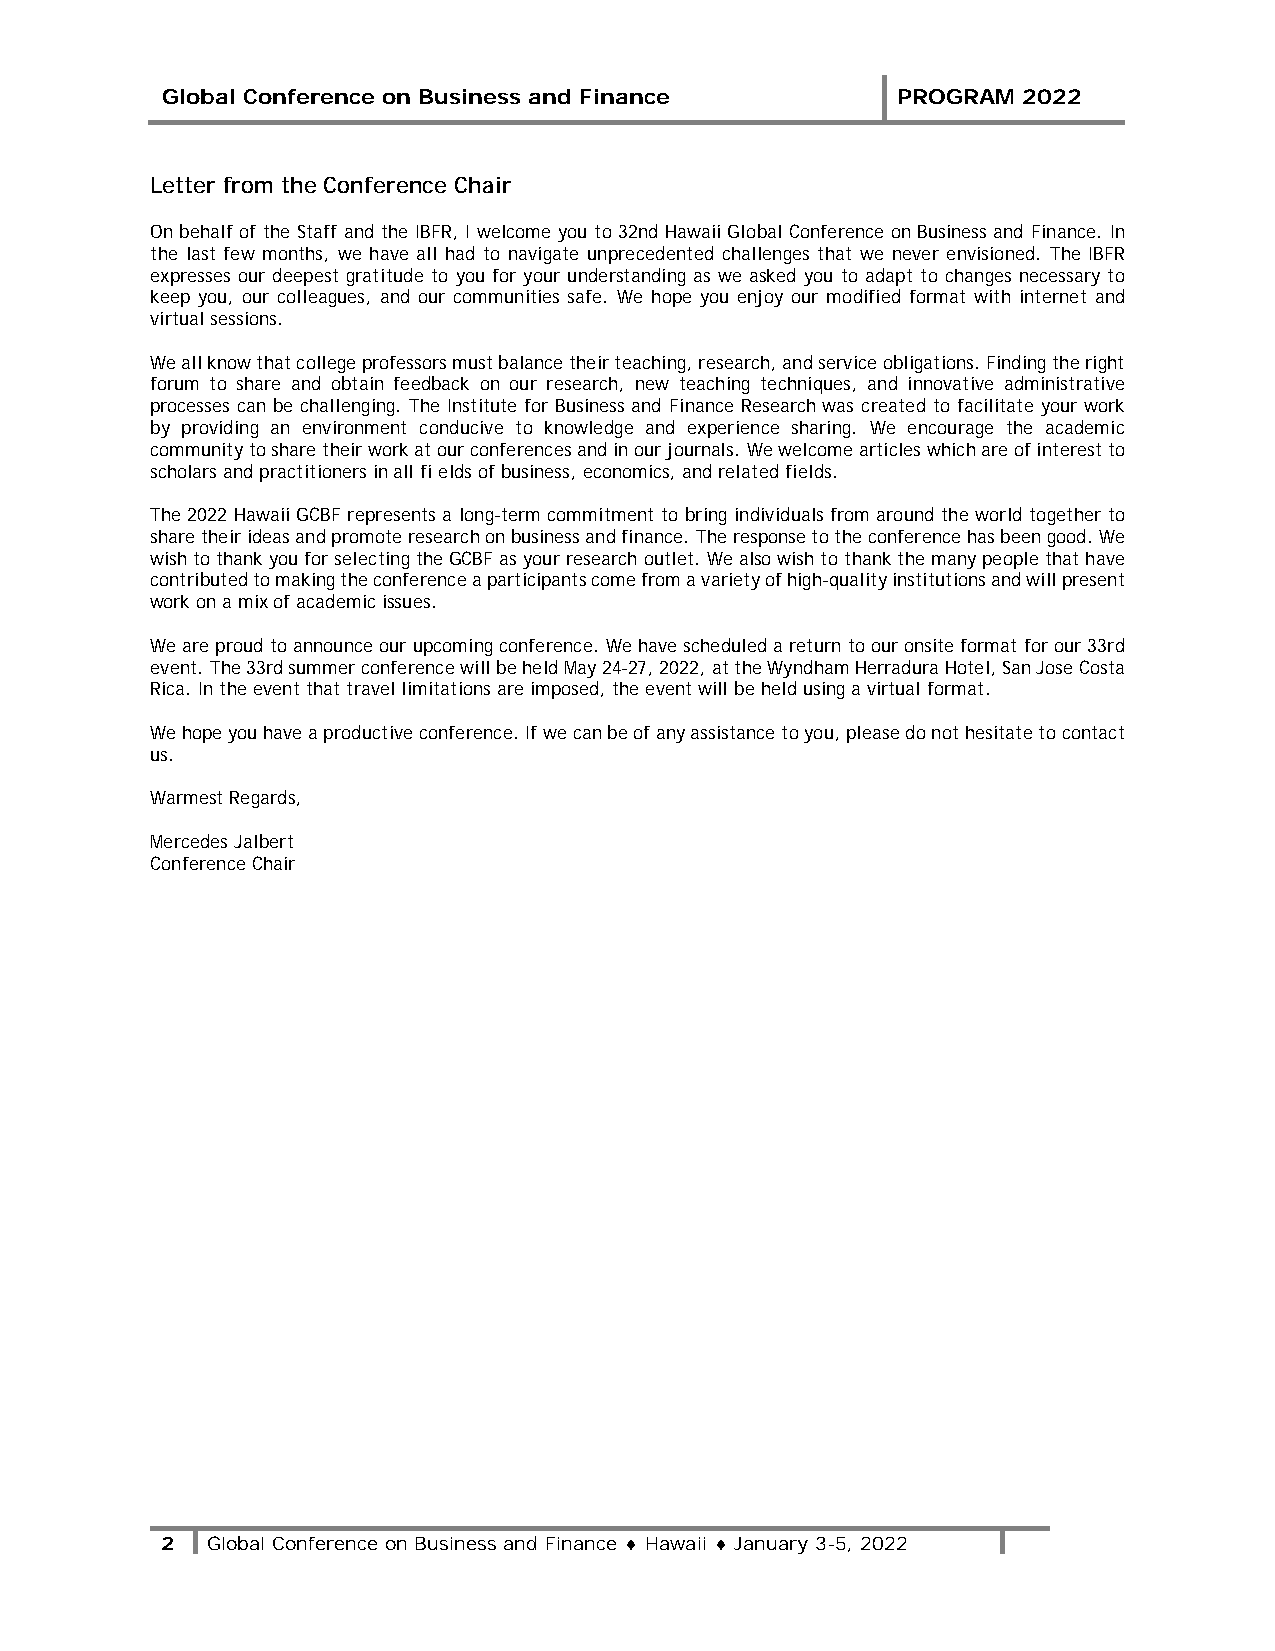
Global Conference on Business and Finance       PROGRAM  2022
 Letter from the Conference Chair
 On behalf of the Staff and the IBFR, I welcome you to 32nd Hawaii Global Conference on Business and Finance. In
 the last few months, we have all had to navigate unprecedented challenges that we never envisioned. The IBFR
 expresses our deepest gratitude to you for your understanding as we asked you to adapt to changes necessary to
 keep you, our colleagues, and our communities safe. We hope you enjoy our modified format with internet and
 virtual sessions.
 We all know that college professors must balance their teaching, research, and service obligations. Finding the right
 forum to share and obtain feedback on our research, new teaching techniques, and innovative administrative
 processes can be challenging. The Institute for Business and Finance Research was created to facilitate your work
 by providing an environment conducive to knowledge and experience sharing. We encourage the academic
 community to share their work at our conferences and in our journals. We welcome articles which are of interest to
 scholars and practitioners in all fi elds of business, economics, and related fields.
 The 2022 Hawaii GCBF represents a long-term commitment to bring individuals from around the world together to
 share their ideas and promote research on business and finance. The response to the conference has been good. We
 wish to thank you for selecting the GCBF as your research outlet. We also wish to thank the many people that have
 contributed to making the conference a participants come from a variety of high-quality institutions and will present
 work on a mix of academic issues.
 We are proud to announce our upcoming conference. We have scheduled a return to our onsite format for our 33rd
 event. The 33rd summer conference will be held May 24-27, 2022, at the Wyndham Herradura Hotel, San Jose Costa
 Rica. In the event that travel limitations are imposed, the event will be held using a virtual format.
 We hope you have a productive conference. If we can be of any assistance to you, please do not hesitate to contact
 us.
 Warmest Regards,
 Mercedes Jalbert
 Conference Chair
 2  Global Conference on Business and Finance ♦ Hawaii ♦ January 3-5, 2022